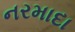
નરમાદા